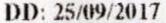
DD: 25/09/2017